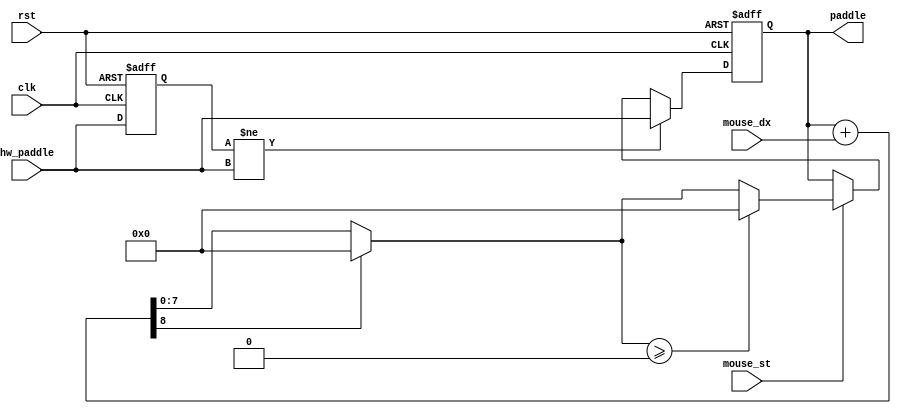
/*  This file is part of JTFRAME.
    JTFRAME program is free software: you can redistribute it and/or modify
    it under the terms of the GNU General Public License as published by
    the Free Software Foundation, either version 3 of the License, or
    (at your option) any later version.

    JTFRAME program is distributed in the hope that it will be useful,
    but WITHOUT ANY WARRANTY; without even the implied warranty of
    MERCHANTABILITY or FITNESS FOR A PARTICULAR PURPOSE.  See the
    GNU General Public License for more details.

    You should have received a copy of the GNU General Public License
    along with JTFRAME. If not, see <http://www.gnu.org/licenses/>.

    Author: Jose Tejada Gomez. Twitter: @topapate
    Version: 1.0
    Date: 22-6-2022 */

module jtframe_paddle(
    input              rst,
    input              clk,
    input signed [8:0] mouse_dx,
    input              mouse_st,
    input        [7:0] hw_paddle,   // hardware paddle that might be connected
    output reg   [7:0] paddle
);
`ifdef JTFRAME_PADDLE_MAX
    localparam [7:0] PADDLE_MAX = `JTFRAME_PADDLE_MAX;
`else
    localparam [7:0] PADDLE_MAX = 0;
`endif

`ifdef JTFRAME_PADDLE_SENS
    localparam PADDLE_SENS = `JTFRAME_PADDLE_SENS;
`else
    localparam PADDLE_SENS = 0;
`endif

reg  [8:0] nx_x;
reg  [7:0] hwpadl;

always @* begin
    nx_x = paddle + mouse_dx;
    // check overflow
    if( nx_x[8] ) begin
        nx_x = mouse_dx[8] ? 9'd0 : {1'b0,PADDLE_MAX};
    end
end

always @(posedge clk, posedge rst) begin
    if( rst ) begin
        paddle <= 0;
        hwpadl <= 0;
    end else begin
        hwpadl <= hw_paddle;
        if( hwpadl != hw_paddle )   // if the hardware paddle is used, follow it
            paddle <= hw_paddle;
        else if( mouse_st )         // but the mouse can be used too
            paddle <= nx_x[7:0] >= PADDLE_MAX ? PADDLE_MAX : nx_x[7:0];
    end
end
endmodule